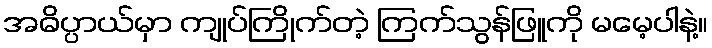
အဓိပ္ပာယ်မှာ ကျုပ်ကြိုက်တဲ့ ကြက်သွန်ဖြူကို မမေ့ပါနဲ့။